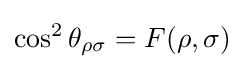
\cos ^{2}\theta _{\rho \sigma }=F(\rho ,\sigma )